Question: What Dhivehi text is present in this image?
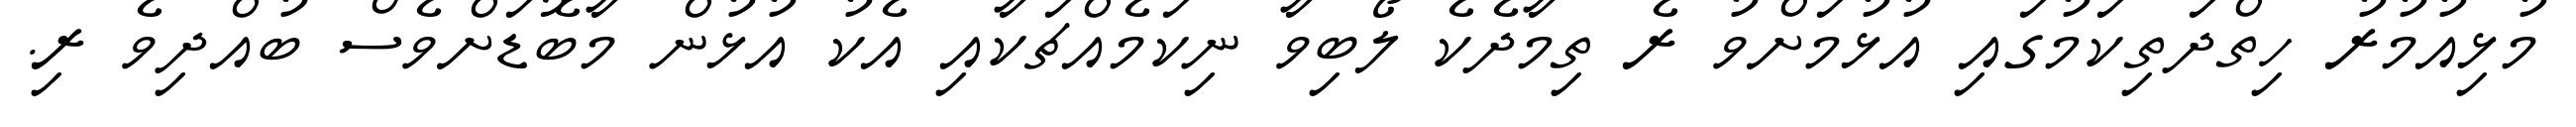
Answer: މުޅިއުމުރު ހިތްދަތިކަމުގައި އުޅުމަށްވު ރެ ތިމާދެކެ ލޯބިވާ ނިކަމެއްޗަކާއި އެކު އުޅުން މާބޮޑަށްވެސް ބުއްދިވެ ރި.